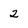
Character: 2